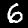
Digit: 6